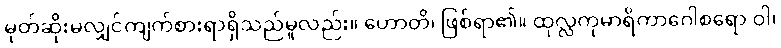
မုတ်ဆိုးမလျှင်ကျက်စားရာရှိသည်မူလည်း။ ဟောတိ၊ ဖြစ်ရာ၏။ ထုလ္လကုမာရိကာဂေါစရော ဝါ၊